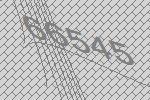
66545